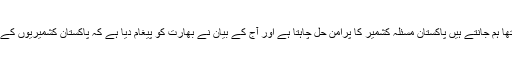
ان کا کہنا تھا ہم جانتے ہیں پاکستان مسئلہ کشمیر کا پرامن حل چاہتا ہے اور آج کے بیان نے بھارت کو پیغام دیا ہے کہ پاکستان کشمیریوں کے ساتھ ہے ۔